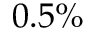
0 . 5 \%